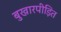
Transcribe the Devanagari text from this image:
बुखारपीड़ित